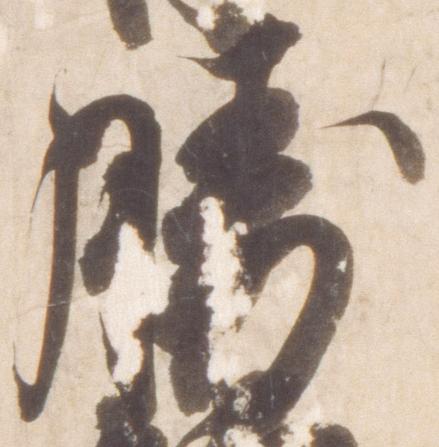
勝